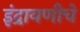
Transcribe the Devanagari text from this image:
इंद्रायणीचे